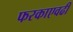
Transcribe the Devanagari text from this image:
फरकाएवढी